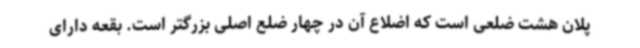
پلان هشت ضلعی است که اضلاع آن در چهار ضلع اصلی بزرگتر است. بقعه دارای